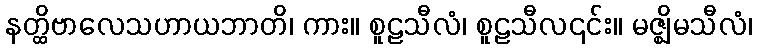
နတ္ထိဗာလေသဟာယဘာတိ၊ ကား။ စူဠသီလံ၊ စူဠသီလ၎င်း။ မဇ္ဈိမသီလံ၊